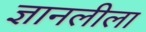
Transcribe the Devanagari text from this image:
ज्ञानलीला